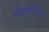
અસમમીતિય